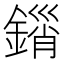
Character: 𨪮